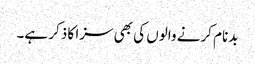
بدنام کرنے والوں کی بھی سزا کا ذکر ہے۔